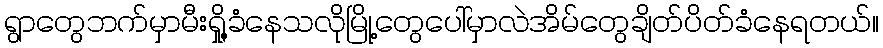
ရွာတွေဘက်မှာမီးရှို့ခံနေသလိုမြို့တွေပေါ်မှာလဲအိမ်တွေချိတ်ပိတ်ခံနေရတယ်။